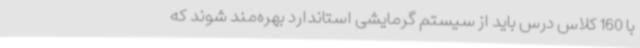
با 160 کلاس درس باید از سیستم گرمایشی استاندارد بهره‌مند شوند که